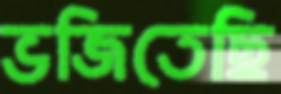
ভজিতেছি